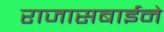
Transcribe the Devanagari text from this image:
राजासबाईने